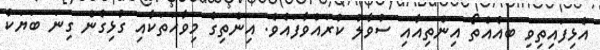
އެޅިފައިތިވި ބައެއްތޯ އިންތިއާއި ސުވާލު ކުރައްވާފައެވެ. އިންތިގެ މިވާހަތަކާއި ގުޅިގެން ގިނަ ބަޔަކު